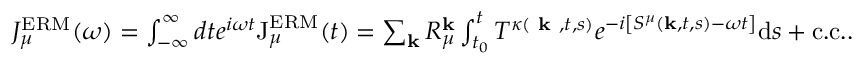
\begin{array} { r } { J _ { \mu } ^ { \mathrm { E R M } } ( \omega ) = \int _ { - \infty } ^ { \infty } d t e ^ { i \omega t } \mathrm { J } _ { \mu } ^ { \mathrm { E R M } } ( t ) = \sum _ { \mathbf { k } } R _ { \mu } ^ { \mathbf { k } } \int _ { t _ { 0 } } ^ { t } T ^ { \kappa ( \textbf { k } , t , s ) } e ^ { - i \left[ S ^ { \mu } ( \mathbf { k } , t , s ) - \omega t \right] } \mathrm { d } s + \mathrm { c . c . } . } \end{array}